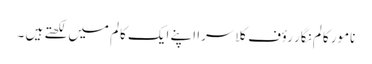
نامور کالم نگار رؤف کلاسرا اپنے ایک کالم میں لکھتے ہیں ۔